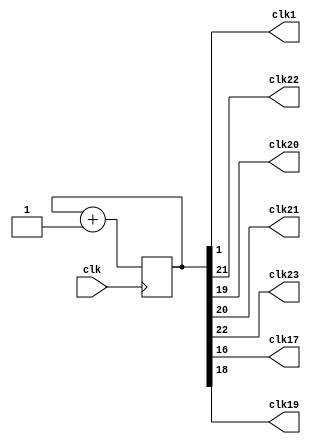
module clock_divisor(clk1, clk, clk22,clk20,clk21,clk23,clk17,clk19);
input clk;
output clk1;
output clk22;
output clk20;
output clk21;
output clk23;
output clk17;
output clk19;
reg [25:0] num;
wire [25:0] next_num;

always @(posedge clk) begin
  num <= next_num;
end

assign next_num = num + 1'b1;
assign clk1 = num[1];
assign clk17 = num[16];
assign clk22 = num[21];
assign clk20 = num[19];
assign clk21 = num[20];
assign clk23 = num[22];
assign clk19 = num[18];
endmodule